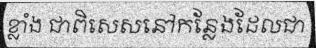
ខ្លាំង ជាពិសេសនៅកន្លែងដែលជា